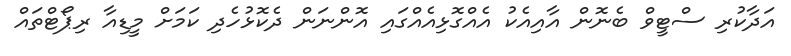
އަދާކުރި ސްޓީވް ބެނޮން އާއިއެކު އެއްގޮޅިއެއްގައި އޮންނަން ދެކޮޅުހެދި ކަމަށް މީޑިއާ ރިޕޯޓްތައް